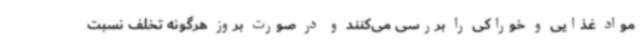
مواد غذایی و خوراکی را بررسی می‌کنند و در صورت بروز هرگونه تخلف نسبت